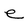
Character: e